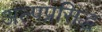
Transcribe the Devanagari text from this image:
अल्पप्रसिद्ध